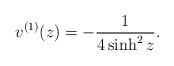
LaTeX: \begin{align*}v^{(1)}(z)=-\frac{1}{4\sinh^2z}.\end{align*}